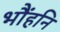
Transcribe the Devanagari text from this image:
भौंहनि